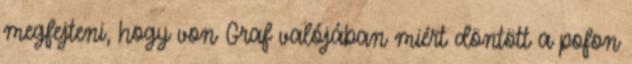
megfejteni, hogy von Graf valójában miért döntött a pofon